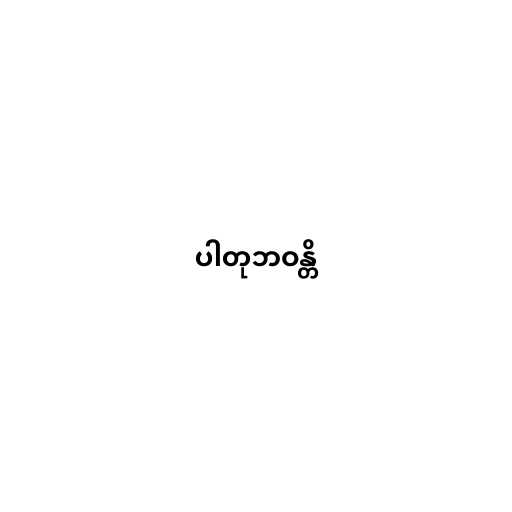
ပါတုဘဝန္တိ